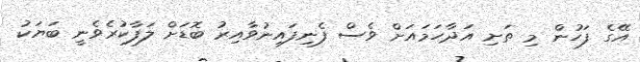
އޭގެ ފަހުން މި ތަށި އަދާހަމައަށް ވެސް ފެނިފައިނުވާއިރު ބޮޑަށް ލަފާކުރެވެނީ ބަޔަކު